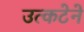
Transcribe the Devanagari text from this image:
उत्कटेने